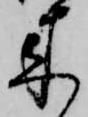
来